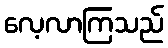
လေ့လာကြသည်